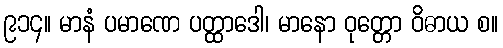
၉၁၄။ မာနံ ပမာဏေ ပတ္ထာဒေါ၊ မာနော ဝုတ္တော ဝိဓာယ စ။